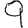
Digit: 9